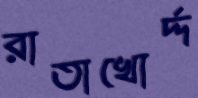
রাতাখোর্দ্দ